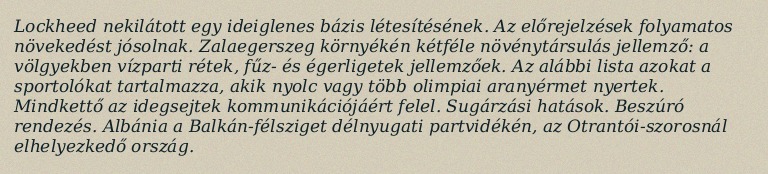
Lockheed nekilátott egy ideiglenes bázis létesítésének. Az előrejelzések folyamatos növekedést jósolnak. Zalaegerszeg környékén kétféle növénytársulás jellemző: a völgyekben vízparti rétek, fűz- és égerligetek jellemzőek. Az alábbi lista azokat a sportolókat tartalmazza, akik nyolc vagy több olimpiai aranyérmet nyertek. Mindkettő az idegsejtek kommunikációjáért felel. Sugárzási hatások. Beszúró rendezés. Albánia a Balkán-félsziget délnyugati partvidékén, az Otrantói-szorosnál elhelyezkedő ország.